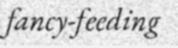
fancy-feeding